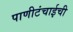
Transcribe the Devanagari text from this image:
पाणीटंचाईची